Indian journal of veterinary science and animal husbandry - Volumes 15-17, 1948-1951
Year: 1948
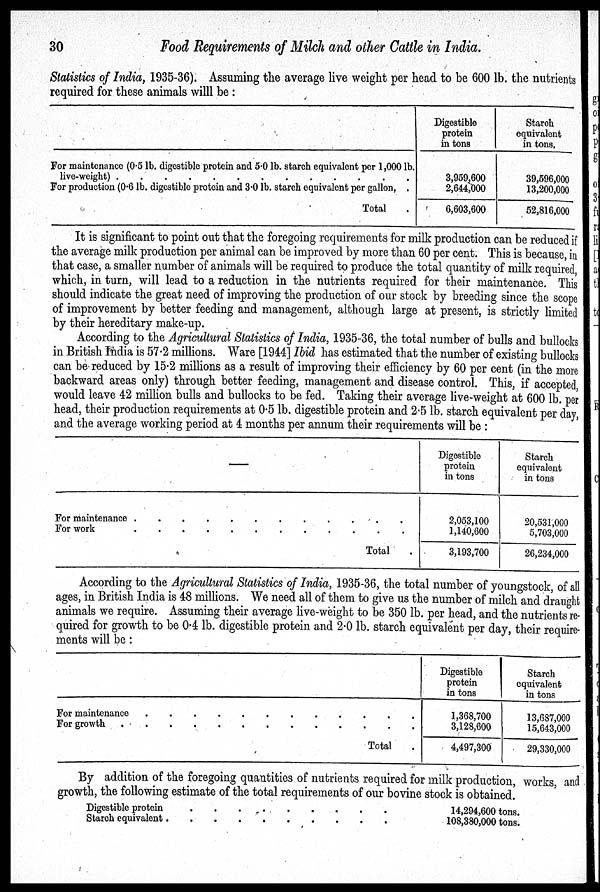
30
Food Requirements of Milch and other Cattle in India.
Statistics of India, 1935-36). Assuming the average live weight per head to be 600 lb. the nutrients
required for these animals willl be:
For maintenance (0.5 lb. digestible protein and 5.0 lb. starch equivalent per 1,000 lb.
live-weight) . . . . . . . . . . . . .
For production (0.6 lb. digestible protein and 3.0 lb. starch equivalent per gallon, .
Total .
Digestible
protein
in tons
3,959,600
2,644,000
6,603,600
Starch
equivalent
in tons.
39,696,000
13,200,000
52,816,000
It is significant to point out that the foregoing requirements for milk production can be reduced if
the average milk production per animal can be improved by more than 60 per cent. This is because, in
that case, a smaller number of animals will be required to produce the total quantity of milk required,
which, in turn, will lead to a reduction in the nutrients required for their maintenance. This
should indicate the great need of improving the production of our stock by breeding since the scope
of improvement by better feeding and management, although large at present, is strictly limited
by their hereditary make-up.
According to the Agricultural Statistics of India, 1935-36, the total number of bulls and bullocks
in British India is 57.2 millions. Ware [1944] Ibid has estimated that the number of existing bullocks
can be reduced by 15.2 millions as a result of improving their efficiency by 60 per cent (in the more
backward areas only) through better feeding, management and disease control. This, if accepted,
would leave 42 million bulls and bullocks to be fed. Taking their average live-weight at 600 lb. per
head, their production requirements at 0.5 lb. digestible protein and 2.5 lb. starch equivalent per day,
and the average working period at 4 months per annum their requirements will be:
—
For maintenance . . . . . . . . . . . . .
For work . . . . . . . . . . . . .
Total .
Digestible
protein
in tons
2,053,100
1,140,600
3,193,700
Starch
equivalent
in tons
20,531,000
5,703,000
26,234,000
According to the Agricultural Statistics of India, 1935-36, the total number of youngstock, of all
ages, in British India is 48 millions. We need all of them to give us the number of milch and draught
animals we require. Assuming their average live-weight to be 350 lb. per head, and the nutrients re-
quired for growth to be 0.4 lb. digestible protein and 2.0 lb. starch equivalent per day, their require-
ments will be:
For maintenance . . . . . . . . . . . . .
For growth . . . . . . . . . . . . .
Total .
Digestible
protein
in tons
1,368,700
3,128,600
4,497,300
Starch
equivalent
in tons
13,687,000
15,643,000
29,330,000
By addition of the foregoing quantities of nutrients required for milk production, works, and
growth, the following estimate of the total requirements of our bovine stock is obtained.
Digestible protein . . . . . . . . . . . . .
Starch equivalent . . . . . . . . . . . . .
14,294,600 tons.
108,380,000 tons.